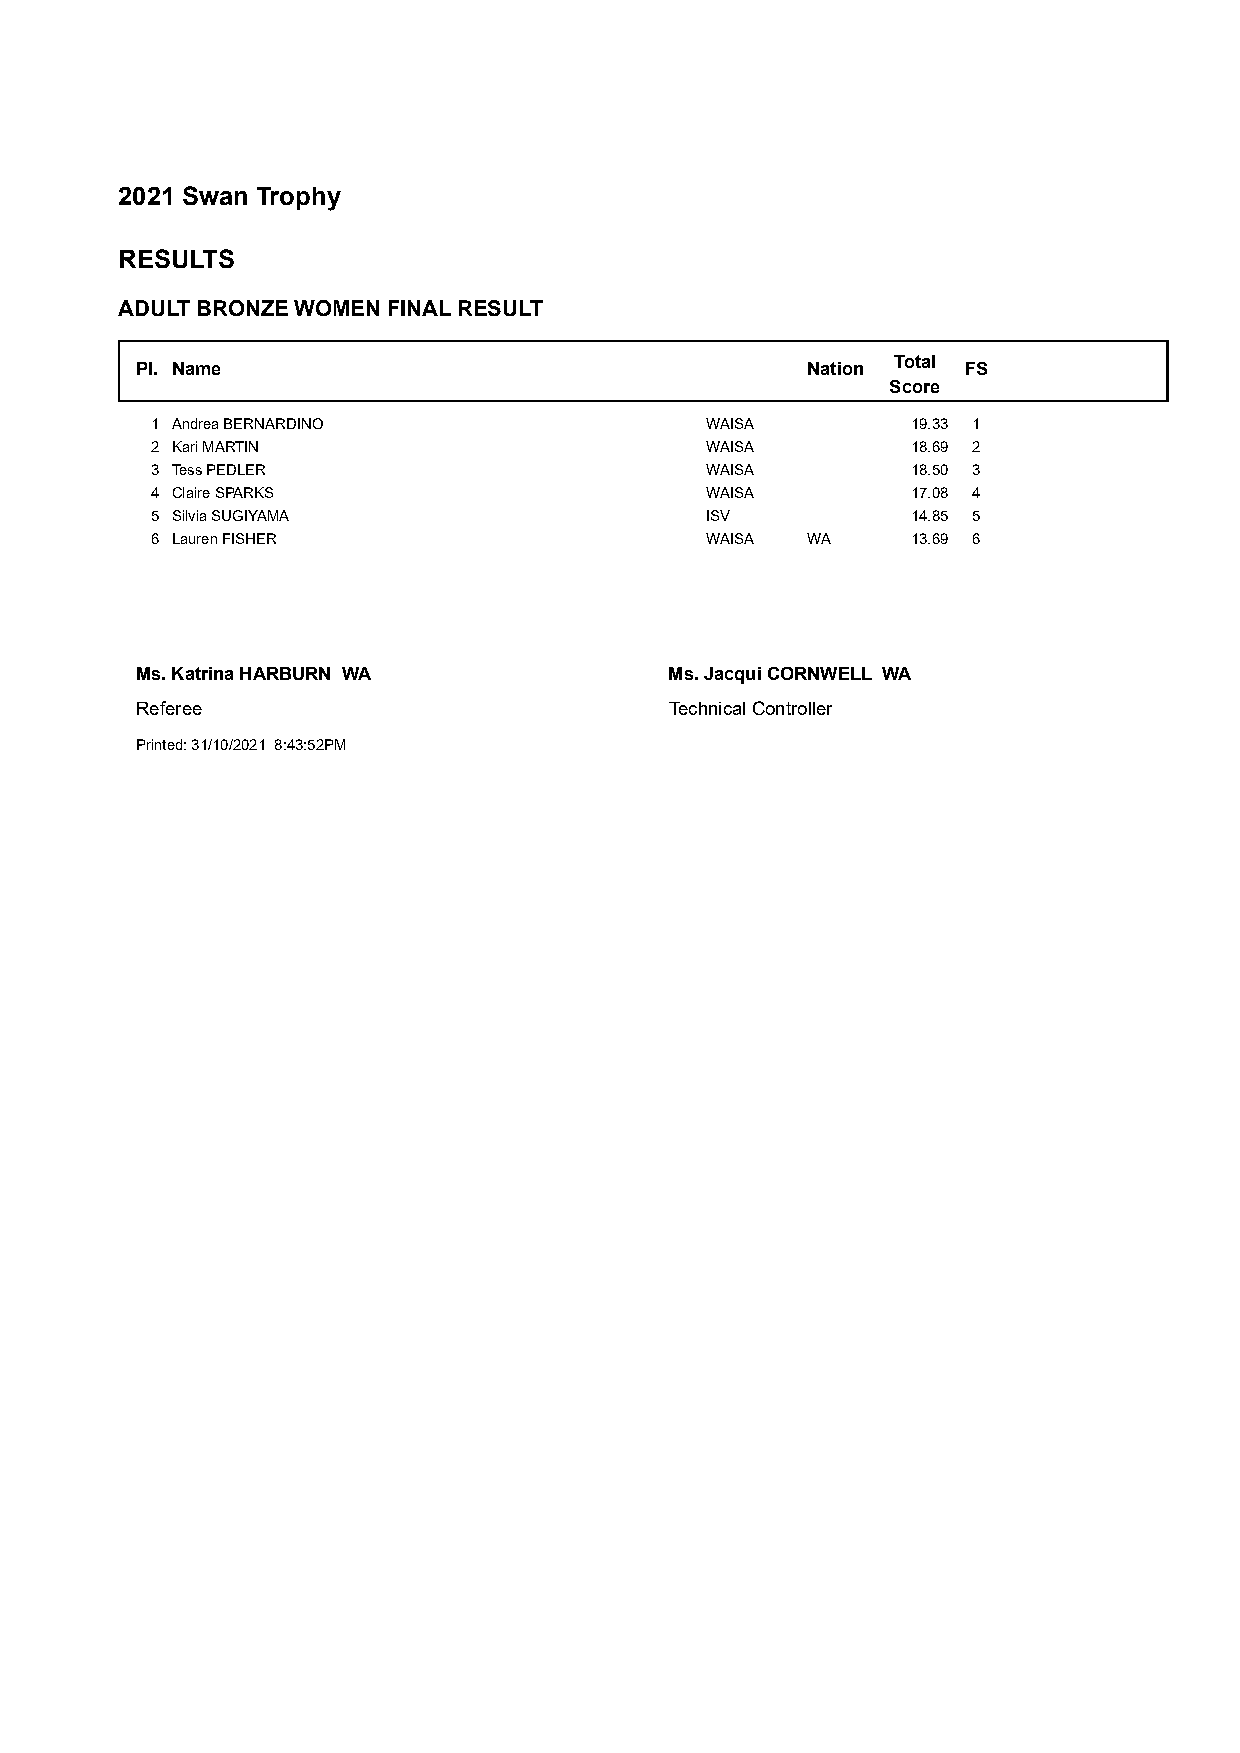
2021 Swan Trophy
 RESULTS
 ADULT BRONZE WOMEN FINAL RESULT
 Total
 Pl. Name                                    Nation     FS
 Score
 1 Andrea BERNARDINO                  WAISA        19.33 1
 2 Kari MARTIN                        WAISA        18.69 2
 3 Tess PEDLER                        WAISA        18.50 3
 4 Claire SPARKS                      WAISA        17.08 4
 5 Silvia SUGIYAMA                    ISV          14.85 5
 6 Lauren FISHER                      WAISA WA     13.69 6
 Ms. Katrina HARBURN WA             Ms. Jacqui CORNWELL WA
 Referee                            Technical Controller
 Printed: 31/10/2021 8:43:52PM